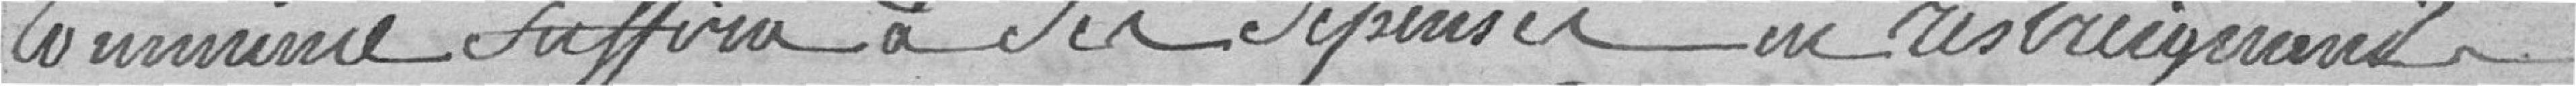
commune suffira ses dépenses en restreignant